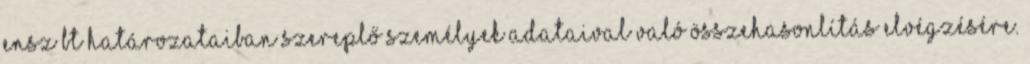
ENSZ BT határozataiban szereplő személyek adataival való összehasonlítás elvégzésére.